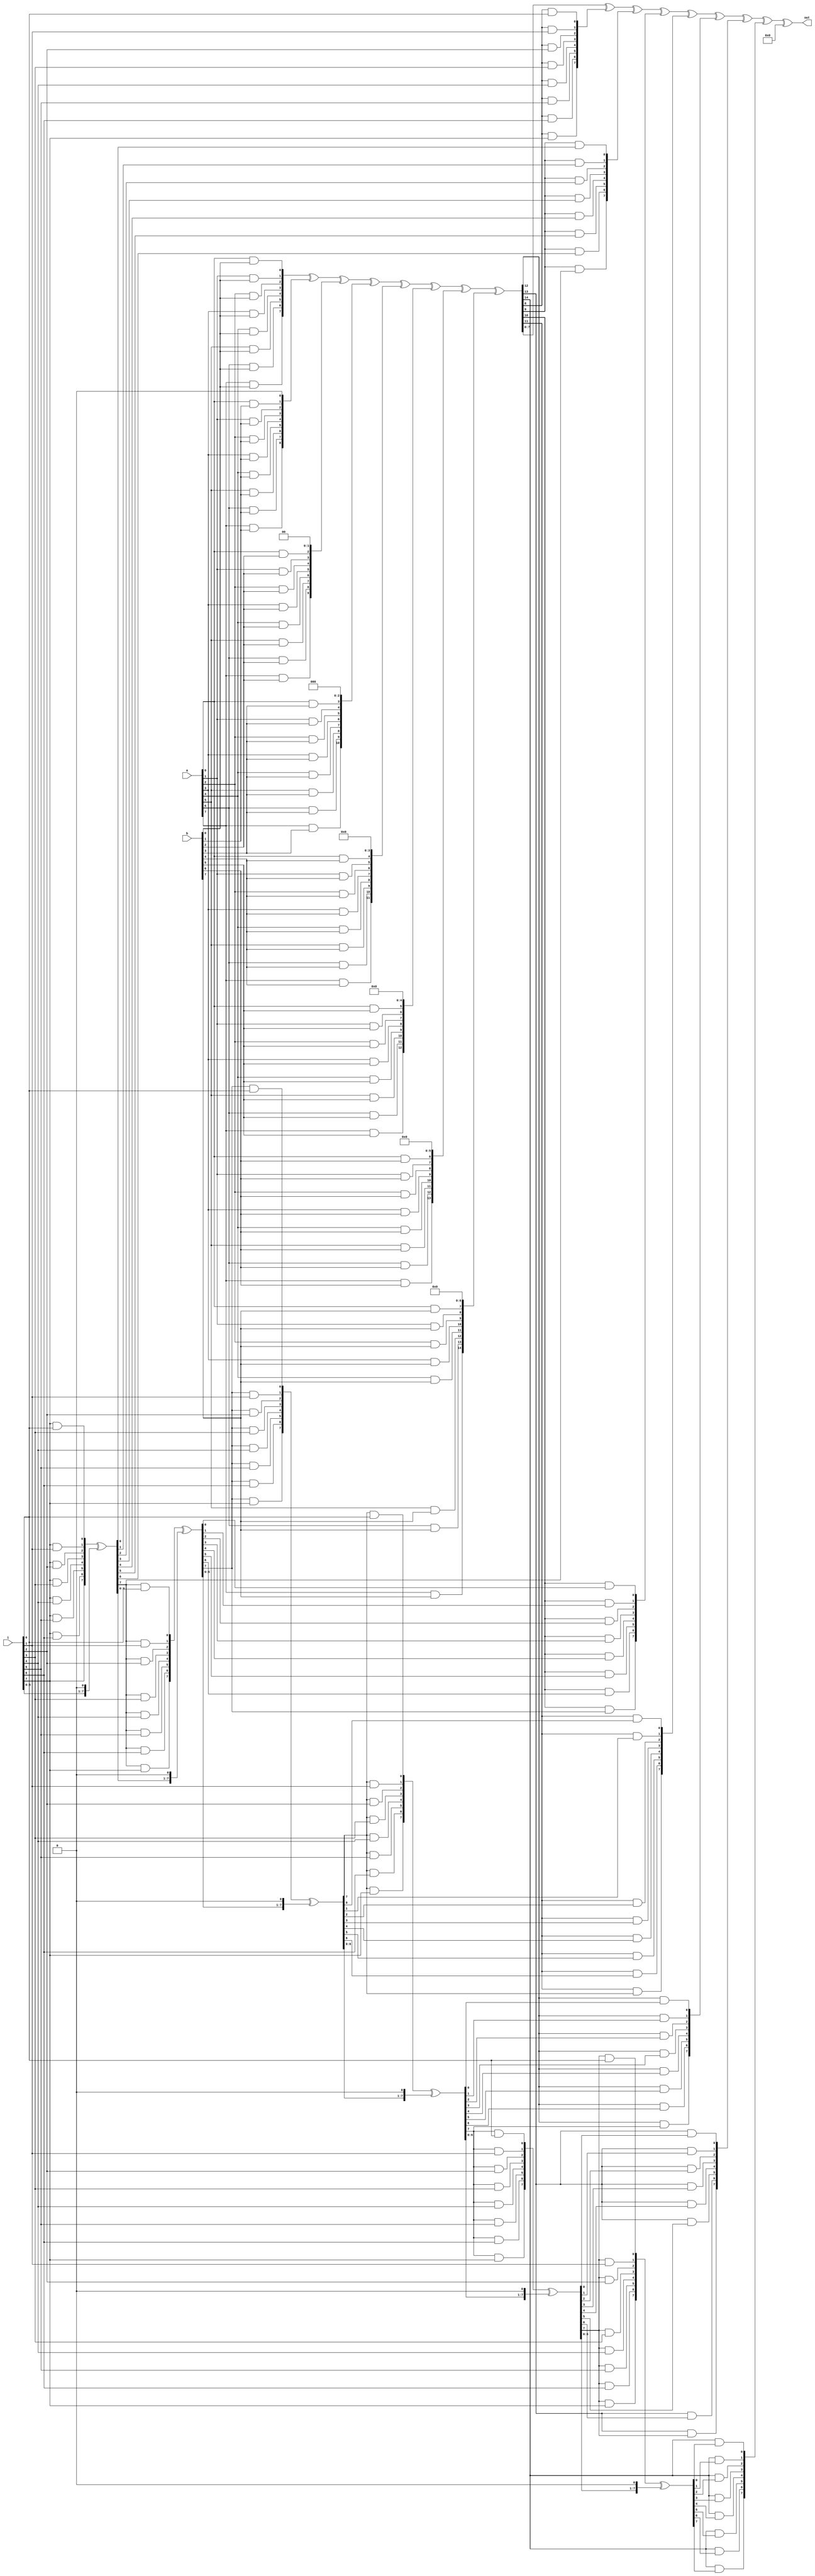
module galoisadd(a,b,i,out);

input [7:0] a,b,i;
output [7:0] out;
wire [7:0] p0;
wire [7:0] p1;
wire [7:0] p2;
wire [7:0] p3;
wire [7:0] p4;
wire [7:0] p5;
wire [7:0] p6;                                                                                               
wire [7:0] p7;
wire [7:0] pp0;
wire [7:0] pp4;
wire [7:0] pp1;
wire [7:0] pp5;
wire [7:0] pp2;
wire [7:0] pp3;
wire [7:0] pp6;
wire [7:0] pp7;
wire [7:0] pp8;
wire [8:0] r1;
wire [7:0] r2;
wire [8:0] r3;
wire [7:0] r4;
wire [8:0] r5;
wire [7:0] r6;
wire [8:0] r7;
wire [7:0]  r8;
wire [8:0] r9;
wire [7:0] r10;
wire [8:0] r11;
wire [7:0] r12;
wire [8:0] r13;
wire [7:0] r14;
wire [7:0] r15;
wire [7:0] r16;
wire [7:0] r17;
wire [7:0] r18;
wire [7:0] r19;
wire [7:0] r20;
wire [7:0] r21; 
wire [7:0] r22;
wire [7:0] r23;
wire [7:0] r24;
wire [7:0] r25;
wire [7:0] r26;
wire [7:0] r27;
wire [7:0] r28;
wire [7:0] r29;
wire [7:0] r30;
wire [7:0] r31;
wire [7:0] r32;
wire [7:0] r33;
wire [7:0] r34;
wire [7:0] r35;
wire [7:0] r36;
wire [7:0] r37;
wire [7:0] r38;
wire [7:0] r39;
wire [7:0] r40;
wire [7:0] r41;
wire [7:0] r42;
wire [15:0] r;

assign p0 = {a[7]&b[0],a[6]&b[0],a[5]&b[0],a[4]&b[0],a[3]&b[0],a[2]&b[0],a[1]&b[0],a[0]&b[0]};
assign p1 = {a[7]&b[1],a[6]&b[1],a[5]&b[1],a[4]&b[1],a[3]&b[1],a[2]&b[1],a[1]&b[1],a[0]&b[1]};
assign p2 = {a[7]&b[2],a[6]&b[2],a[5]&b[2],a[4]&b[2],a[3]&b[2],a[2]&b[2],a[1]&b[2],a[0]&b[2]};
assign p3 = {a[7]&b[3],a[6]&b[3],a[5]&b[3],a[4]&b[3],a[3]&b[3],a[2]&b[3],a[1]&b[3],a[0]&b[3]};
assign p4 = {a[7]&b[4],a[6]&b[4],a[5]&b[4],a[4]&b[4],a[3]&b[4],a[2]&b[4],a[1]&b[4],a[0]&b[4]};
assign p5 = {a[7]&b[5],a[6]&b[5],a[5]&b[5],a[4]&b[5],a[3]&b[5],a[2]&b[5],a[1]&b[5],a[0]&b[5]};
assign p6 = {a[7]&b[6],a[6]&b[6],a[5]&b[6],a[4]&b[6],a[3]&b[6],a[2]&b[6],a[1]&b[6],a[0]&b[6]};
assign p7 = {a[7]&b[7],a[6]&b[7],a[5]&b[7],a[4]&b[7],a[3]&b[7],a[2]&b[7],a[1]&b[7],a[0]&b[7]};

assign r = {8'd0,p0} ^ {7'd0,p1,1'b0} ^ {6'd0,p2,2'd0} ^ {5'd0,p3,3'd0} ^ {4'd0,p4,4'd0} ^ {3'd0,p5,5'd0} ^ {2'd0,p6,6'd0} ^ {1'b0,p7,7'd0};

assign pp0 = {r[8]&i[7],r[8]&i[6],r[8]&i[5],r[8]&i[4],r[8]&i[3],r[8]&i[2],r[8]&i[1],r[8]&i[0]};

assign r1 = {i,1'b0}; //9bit number
assign r2 ={r1[8]&i[7],r1[8]&i[6],r1[8]&i[5],r1[8]&i[4],r1[8]&i[3],r1[8]&i[2],r1[8]&i[1],r1[8]&i[0]};//8bit number
assign r15 = r2 ^ r1[7:0]; 
assign pp1 = {r[9]&r15[7],r[9]&r15[6],r[9]&r15[5],r[9]&r15[4],r[9]&r15[3],r[9]&r15[2],r[9]&r15[1],r[9]&r15[0]}; //8bit number


assign r3 = {r15,1'd0};//10bit number
//assign r4 ={r3[9]&i[7],r3[9]&i[6],r3[9]&i[5],r3[9]&i[4],r3[9]&i[3],r3[9]&i[2],r3[9]&i[1],r3[9]&i[0]};//8bit number
assign r22 ={r3[8]&i[7],r3[8]&i[6],r3[8]&i[5],r3[8]&i[4],r3[8]&i[3],r3[8]&i[2],r3[8]&i[1],r3[8]&i[0]};//8bit number
assign r16 = r22 ^ r3[7:0];
assign pp2 = {r[10]&r16[7],r[10]&r16[6],r[10]&r16[5],r[10]&r16[4],r[10]&r16[3],r[10]&r16[2],r[10]&r16[1],r[10]&r16[0]}; //8bit number 


assign r5 = {r16,1'd0};//11bit number
assign r24 ={r5[8]&i[7],r5[8]&i[6],r5[8]&i[5],r5[8]&i[4],r5[8]&i[3],r5[8]&i[2],r5[8]&i[1],r5[8]&i[0]};
assign r17 = r24 ^ r5[7:0];
assign pp3 = {r[11]&r17[7],r[11]&r17[6],r[11]&r17[5],r[11]&r17[4],r[11]&r17[3],r[11]&r17[2],r[11]&r17[1],r[11]&r17[0]}; //8bit number


assign r7 = {r17,1'd0};//12bit number

assign r27 ={r7[8]&i[7],r7[8]&i[6],r7[8]&i[5],r7[8]&i[4],r7[8]&i[3],r7[8]&i[2],r7[8]&i[1],r7[8]&i[0]}; 
assign r18 = r27 ^ r7[7:0];
assign pp4 = {r[12]&r18[7],r[12]&r18[6],r[12]&r18[5],r[12]&r18[4],r[12]&r18[3],r[12]&r18[2],r[12]&r18[1],r[12]&r18[0]}; //8bit number
 

assign r9 = {r18,1'd0};//13bit number

assign r31 ={r9[8]&i[7],r9[8]&i[6],r9[8]&i[5],r9[8]&i[4],r9[8]&i[3],r9[8]&i[2],r9[8]&i[1],r9[8]&i[0]};
assign r19 = r31 ^ r9[7:0] ;
assign pp5 = {r[13]&r19[7],r[13]&r19[6],r[13]&r19[5],r[13]&r19[4],r[13]&r19[3],r[13]&r19[2],r[13]&r19[1],r[13]&r19[0]}; //8bit number
assign pp8 = pp5 ^ r[7:0];



assign r11 = {r19,1'd0};//14bit number

assign r36 ={r11[8]&i[7],r11[8]&i[6],r11[8]&i[5],r11[8]&i[4],r11[8]&i[3],r11[8]&i[2],r11[8]&i[1],r11[8]&i[0]}; 
assign r20 = r36 ^ r11[7:0];
assign pp6 = {r[14]&r20[7],r[14]&r20[6],r[14]&r20[5],r[14]&r20[4],r[14]&r20[3],r[14]&r20[2],r[14]&r20[1],r[14]&r20[0]}; //8bit number


assign r13 = {r20,1'd0};//15bit number

assign r42 ={r13[8]&i[7],r13[8]&i[6],r13[8]&i[5],r13[8]&i[4],r13[8]&i[3],r13[8]&i[2],r13[8]&i[1],r13[8]&i[0]};
assign r21 = r42 ^ r13[7:0];
assign pp7 = {r[15]&r21[7],r[15]&r21[6],r[15]&r21[5],r[15]&r21[4],r[15]&r21[3],r[15]&r21[2],r[15]&r21[1],r[15]&r21[0]}; //8bit number



assign out = r[7:0] ^ pp0 ^ pp1 ^ pp2 ^ pp3 ^ pp4 ^ pp5 ^ pp6 ^ pp7; 


endmodule